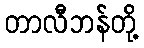
တာလီဘန်တို့